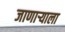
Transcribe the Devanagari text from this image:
जाणाऱ्याला